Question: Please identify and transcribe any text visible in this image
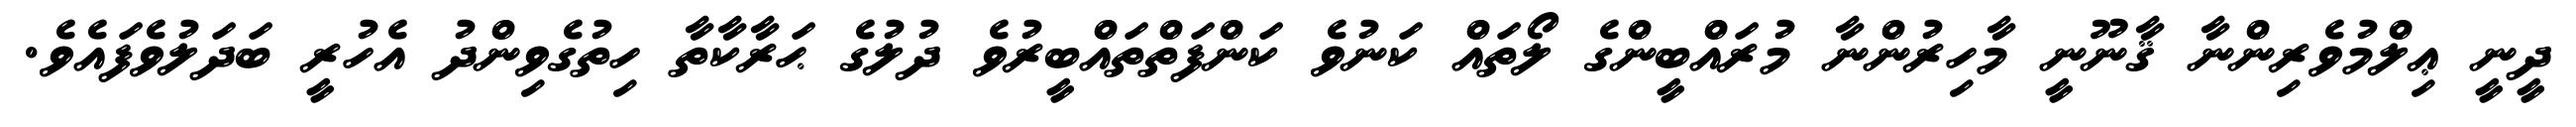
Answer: ދީނީ ޢިލްމުވެރިންނާ ޤާނޫނީ މާހިރުންނާ މުރައްބީންގެ ލޯތައް ކަނުވެ ކަންފަތްތައްބީރުވެ ދުލުގެ ޙަރާކާތާ ހިތުގެވިންދު އެހުރީ ބަދަލުވެފައެވެ.